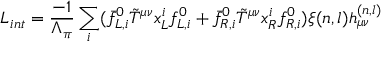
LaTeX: { \cal L } _ { i n t } = { \frac { - 1 } { \Lambda _ { \pi } } } \sum _ { i } ( \bar { f } _ { L , i } ^ { 0 } \tilde { T } ^ { \mu \nu } x _ { L } ^ { i } f _ { L , i } ^ { 0 } + \bar { f } _ { R , i } ^ { 0 } \tilde { T } ^ { \mu \nu } x _ { R } ^ { i } f _ { R , i } ^ { 0 } ) \xi ( n , l ) h _ { \mu \nu } ^ { ( n , l ) } \,